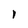
Character: I